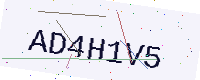
Text: AD4H1V5